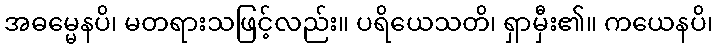
အဓမ္မေနပိ၊ မတရားသဖြင့်လည်း။ ပရိယေသတိ၊ ရှာမှီး၏။ ကယေနပိ၊